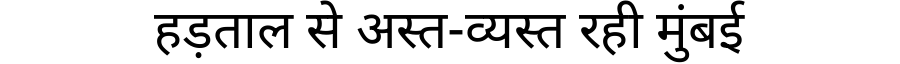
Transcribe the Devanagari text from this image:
हड़ताल से अस्त-व्यस्त रही मुंबई